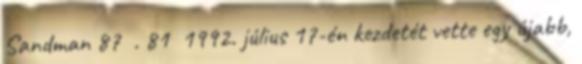
Sandman 87 . 81 1992. július 17-én kezdetét vette egy újabb,